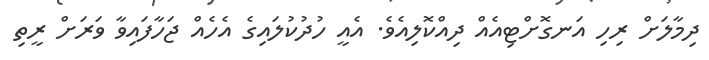
ދިމާލަށް ރިހި އަނގޮށްޓިއެއް ދިއްކޮލިއެވެ. އެއީ ހުދުކުލައިގެ އެހެއް ޖަހާފައިވާ ވަރަށް ރީތި